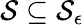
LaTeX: \mathcal{S}\subseteq\mathcal{S}_{\epsilon}